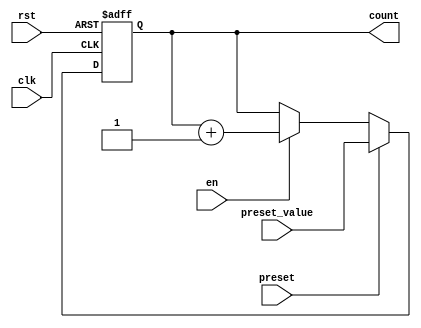
module presettable_counter (
    input wire clk,               // Clock signal
    input wire rst,               // Asynchronous reset signal
    input wire preset,            // Preset control signal
    input wire [7:0] preset_value, // Preset value input (8-bit)
    input wire en,                // Enable signal
    output reg [7:0] count        // Counter value output (8-bit)
);

// Always block for counter operation
always @(posedge clk or posedge rst) begin
    if (rst) begin
        // Asynchronous reset
        count <= 8'b0; // Reset counter to 0
    end else if (preset) begin
        // Load preset value
        count <= preset_value; // Load the preset value
    end else if (en) begin
        // Increment counter
        count <= count + 1; // Increment counter
    end
    // If enable is not asserted, hold the current value
end

endmodule